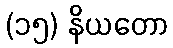
(၁၅) နိယတော